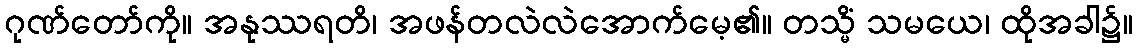
ဂုဏ်တော်ကို။ အနုဿရတိ၊ အဖန်တလဲလဲအောက်မေ့၏။ တသ္မိံ သမယေ၊ ထိုအခါ၌။